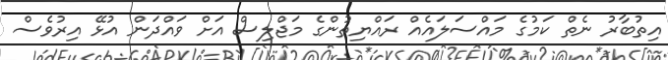
އިތުބާރު ނެތް ކަމުގެ މައްސަލައެއް ރައްޔިތުންގެ މަޖްލިސް އަށް ވައްދަން އުޅޭ އިރުވެސް